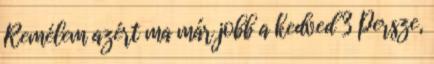
Remélem azért ma már jobb a kedved 3 Persze,